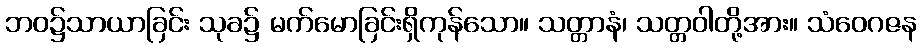
ဘဝ၌သာယာခြင်း သုခ၌ မက်မောခြင်းရှိကုန်သော။ သတ္တာနံ၊ သတ္တဝါတို့အား။ သံဝေဂဇန